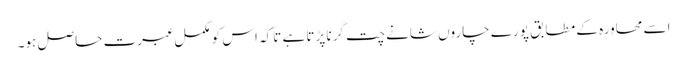
اسے محاورہ کے مطابق پورے چاروں شانے چت گرنا پڑتا ہے تاکہ اس کو مکمل عبرت حاصل ہو۔